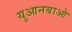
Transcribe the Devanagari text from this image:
युआनबाओ